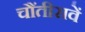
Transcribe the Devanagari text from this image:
चौंतीसवें